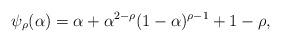
LaTeX: \begin{align*}\psi_\rho(\alpha)= \alpha + \alpha^{2-\rho}(1-\alpha)^{\rho-1} +1-\rho,\end{align*}